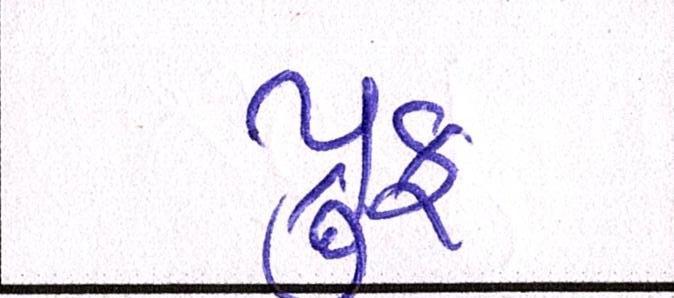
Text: પ્રુફ